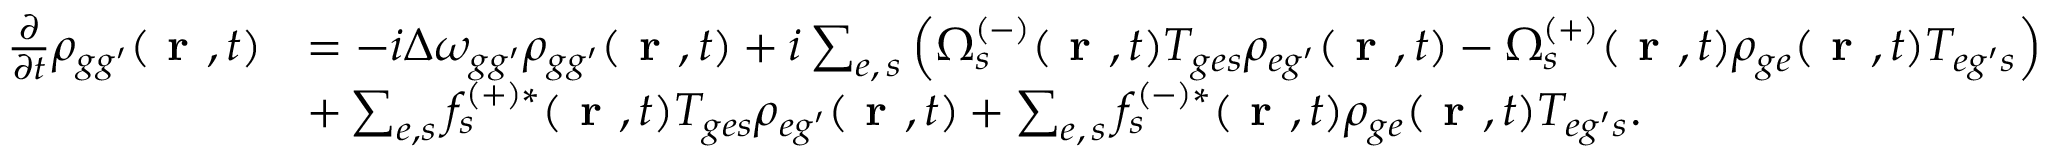
\begin{array} { r l } { \frac { \partial } { \partial t } \rho _ { { g g ^ { \prime } } } ( \textbf { r } , t ) } & { = - i \Delta \omega _ { { g g ^ { \prime } } } \rho _ { { g g ^ { \prime } } } ( \textbf { r } , t ) + i \sum _ { e , \, s } \left( \Omega _ { s } ^ { ( - ) } ( \textbf { r } , t ) T _ { { g e } s } \rho _ { { e g ^ { \prime } } } ( \textbf { r } , t ) - \Omega _ { s } ^ { ( + ) } ( \textbf { r } , t ) \rho _ { { g e } } ( \textbf { r } , t ) T _ { { e g ^ { \prime } } s } \right) } \\ & { + \sum _ { e , s } f _ { s } ^ { ( + ) * } ( \textbf { r } , t ) T _ { { g e } s } \rho _ { { e g ^ { \prime } } } ( \textbf { r } , t ) + \sum _ { e , \, s } f _ { s } ^ { ( - ) * } ( \textbf { r } , t ) \rho _ { { g e } } ( \textbf { r } , t ) T _ { { e g ^ { \prime } } s } . } \end{array}